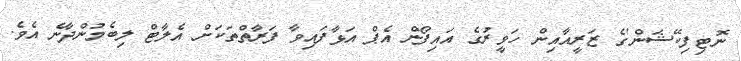
ނޮޓިފިކޭޝަން'ގެ ޒަރީއާއިން ހަވީރުގެ އައިފޯން އެޕް އަޅާފައިވާ ފަރާތްތަކަށް އެލާޓް ލިބެމުންދާނެ އެވެ.